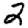
Digit: 2